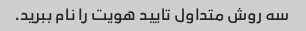
سه روش متداول تایید هویت را نام ببرید.